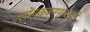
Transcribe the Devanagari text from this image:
लोंबकळण्यासाठी